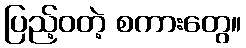
ပြည့်ဝတဲ့ စကားတွေ။